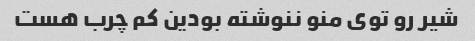
شیر رو توی منو ننوشته بودین کم چرب هست